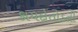
કાયદોતોડતી